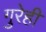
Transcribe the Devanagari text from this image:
गुरेही